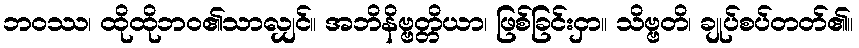
ဘဝဿ၊ ထိုထိုဘဝ၏သာလျှင်။ အဘိနိဗ္ဗတ္တိယာ၊ ဖြစ်ခြင်းငှာ။ သိဗ္ဗတိ၊ ချုပ်စပ်တတ်၏။